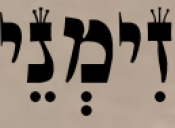
זִימְנֵי